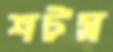
শর্টস